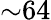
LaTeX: \mathord{\sim}64